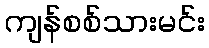
ကျန်စစ်သားမင်း